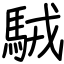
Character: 駥